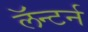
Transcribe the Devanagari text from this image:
लॅन्टर्न